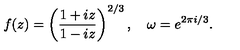
f ( z ) = \left( \frac { 1 + i z } { 1 - i z } \right) ^ { 2 / 3 } , \quad \omega = e ^ { 2 \pi i / 3 } .